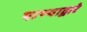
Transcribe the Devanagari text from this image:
पाण्याद्वारे